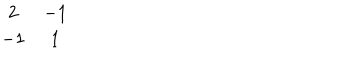
LaTeX: \begin{array} { c c } { { 2 } } & { { - 1 } } \\ { { - 1 } } & { { 1 } } \\ \end{array}